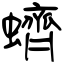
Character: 蠐